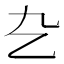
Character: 㐇